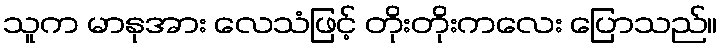
သူက မာနုအား လေသံဖြင့် တိုးတိုးကလေး ပြောသည်။